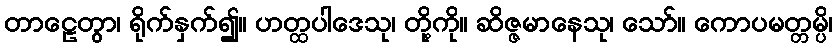
တာဠေတွာ၊ ရိုက်နှက်၍။ ဟတ္ထပါဒေသု၊ တို့ကို။ ဆိဇ္ဇမာနေသု၊ သော်။ ကောပမတ္တမ္ပိ၊